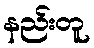
နည်းတူ